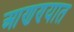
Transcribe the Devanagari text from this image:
आणण्यात